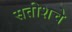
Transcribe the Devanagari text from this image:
सतीशचे